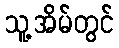
သူ့အိမ်တွင်